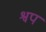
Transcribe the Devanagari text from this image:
श्वप